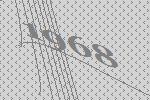
1968